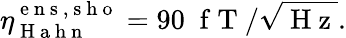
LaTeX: \eta_{\mathrm{~H~a~h~n~}}^{\mathrm{~e~n~s~,~s~h~o~}}=90\; \mathrm{~f~T~}/\sqrt{\mathrm{~H~z~}}.